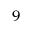
_ 9